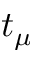
t _ { \mu }